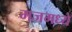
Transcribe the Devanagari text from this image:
मजमध्ये